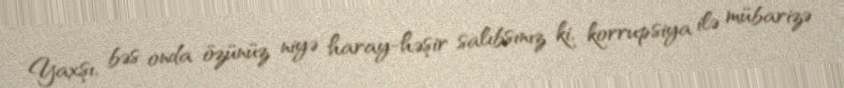
Yaxşı, bəs onda özünüz niyə haray-həşir salıbsınız ki, korrupsiya ilə mübarizə